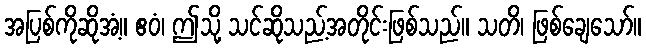
အပြစ်ကိုဆိုအံ့။ ဧဝံ၊ ဤသို့ သင်ဆိုသည့်အတိုင်းဖြစ်သည်။ သတိ၊ ဖြစ်ချေသော်။